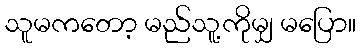
သူမကတော့ မည်သူ့ကိုမျှ မပြော။